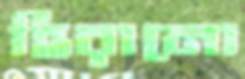
হিরানো